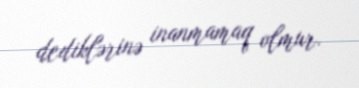
dediklərinə inanmamaq olmur.